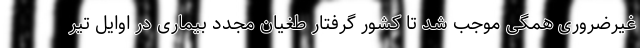
غیرضروری همگی موجب شد تا کشور گرفتار طغیان مجدد بیماری در اوایل تیر